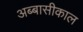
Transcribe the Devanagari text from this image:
अब्बासीकाल